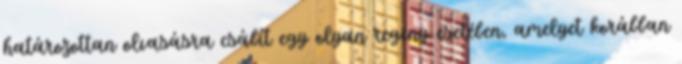
határozottan olvasásra csábít egy olyan regény esetében, amelyet korábban